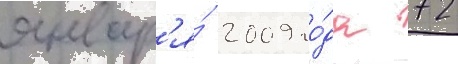
январ'я́ 2009 го́да 72